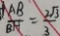
\frac { A B } { B H } = \frac { 2 \sqrt { 3 } } { 3 }